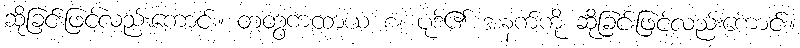
ဆိုခြင်းဖြင့်လည်းကောင်း။ တတွကထာယ စ၊ ပုဒ်၏ အနက်ကို ဆိုခြင်းဖြင့်လည်းကောင်း။